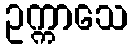
ဥက္ကာသေ